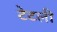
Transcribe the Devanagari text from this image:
टेटली